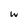
Character: w